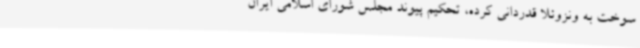
سوخت به ونزوئلا قدردانی کرده، تحکیم پیوند مجلس شورای اسلامی ایران